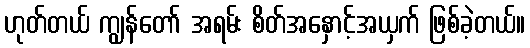
ဟုတ်တယ် ကျွန်တော် အရမ်း စိတ်အနှောင့်အယှက် ဖြစ်ခဲ့တယ်။